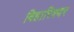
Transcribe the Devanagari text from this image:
बिहारिश्वर